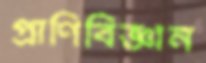
প্রাণিবিজ্ঞান